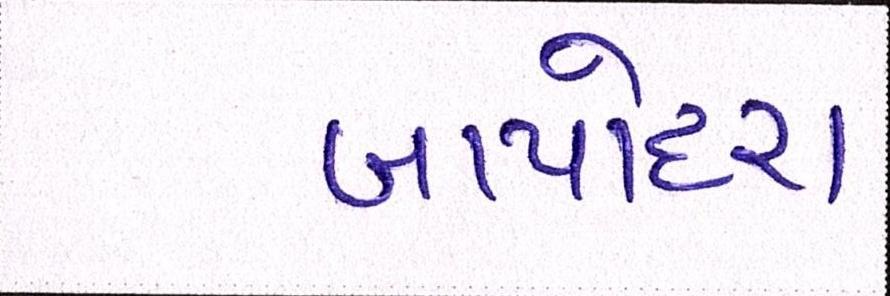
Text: બાપોદરા